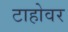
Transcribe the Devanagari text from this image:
टाहोवर